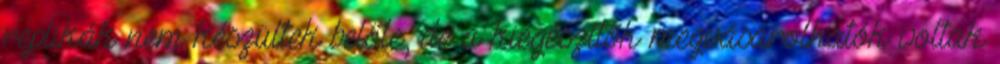
replikák nem készültek belőle, de a kiegészítők megvásárolhatók voltak